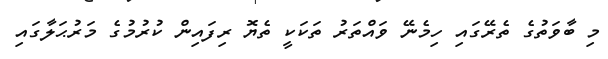
މި ބާވަތުގެ ތެރޭގައި ހިމެނޭ ވައްތަރު ތަކަކީ ތެޔޮ ރިފައިން ކުރުމުގެ މަރުޙަލާގައި